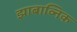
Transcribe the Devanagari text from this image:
झाबाव्निक